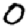
Digit: 0